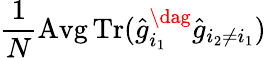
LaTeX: \frac{1}{N}\operatorname{Avg}\operatorname{Tr}(\hat{g}_{i_{1}}^{\dag}\hat{g}_{i_{2}\neq i_{1}})